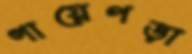
গায়েপড়া